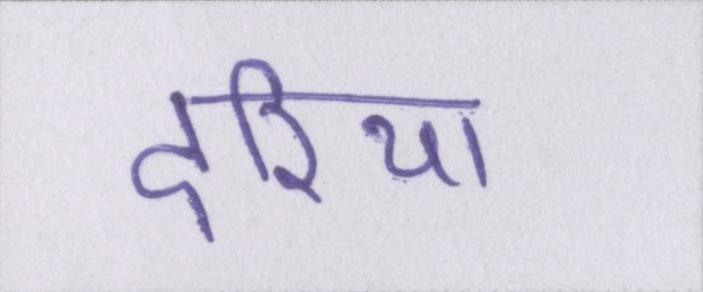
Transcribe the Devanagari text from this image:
दरिया